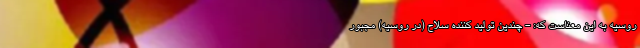
روسیه به این معناست که: - چندین تولید کننده سلاح (در روسیه) مجبور